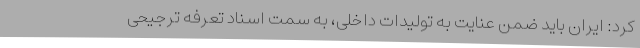
کرد: ایران باید ضمن عنایت به تولیدات داخلی، به سمت اسناد تعرفه ترجیحی